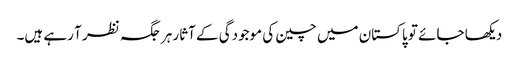
دیکھا جائے تو پاکستان میں چین کی موجودگی کے آثار ہر جگہ نظر آ رہے ہیں۔